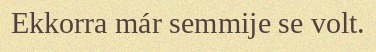
Ekkorra már semmije se volt.